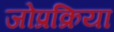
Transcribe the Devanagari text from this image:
जोप्रक्रिया